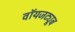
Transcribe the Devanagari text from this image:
वॉयजट्यूब